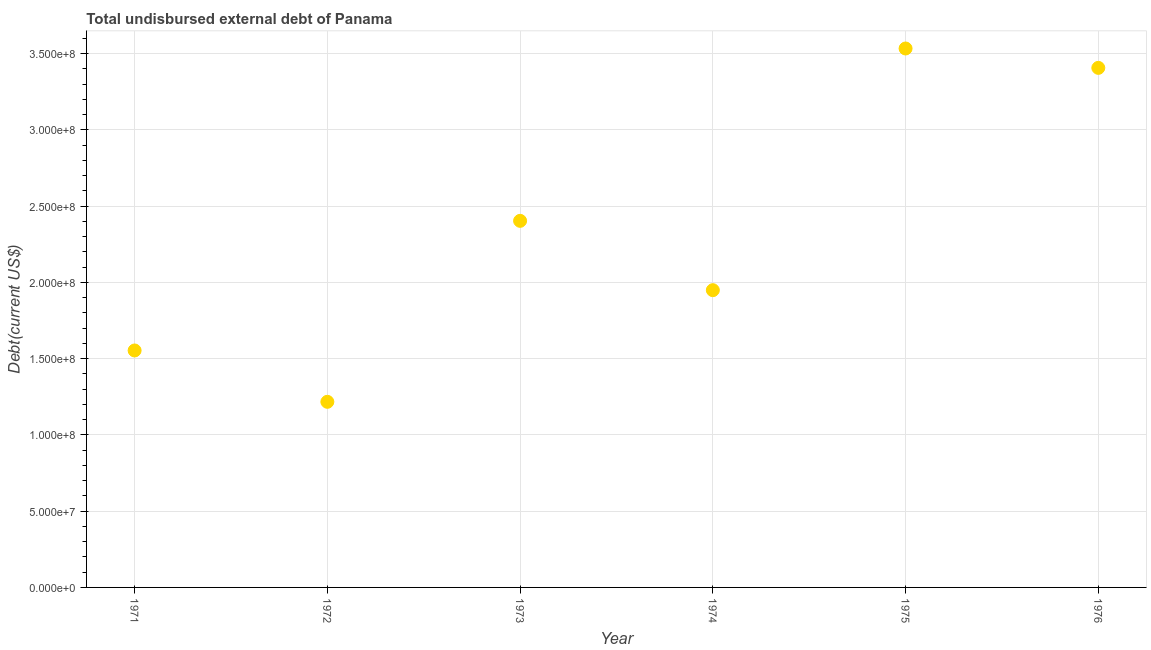
| Year | Total debt |
 | --- | --- |
 | 1971 | 1.55e+08 |
 | 1972 | 1.22e+08 |
 | 1973 | 2.4e+08 |
 | 1974 | 1.95e+08 |
 | 1975 | 3.53e+08 |
 | 1976 | 3.41e+08 |